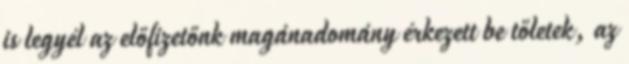
is legyél az előfizetőnk magánadomány érkezett be tőletek, az